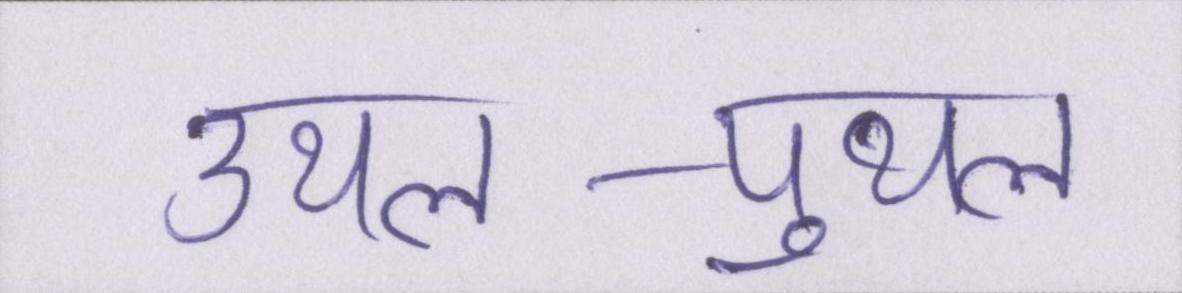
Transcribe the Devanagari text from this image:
उथल-पुथल